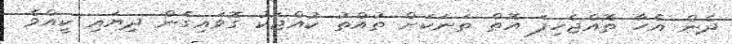
ދެން އެހާ ތޮއްޖެހިފަ އޮތް ތަނަކަށް ތުއްތު ކުއްޖަކު ގޮވައިގެން ދިޔައި ކީއްވެ